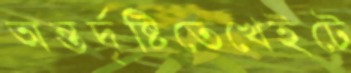
অন্তর্দৃষ্টিতেখেইটে